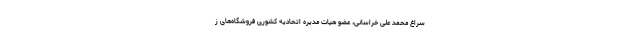
سراغ محمد علی خراسانی، عضو هیات مدیره اتحادیه کشوری فروشگاه‌های ز